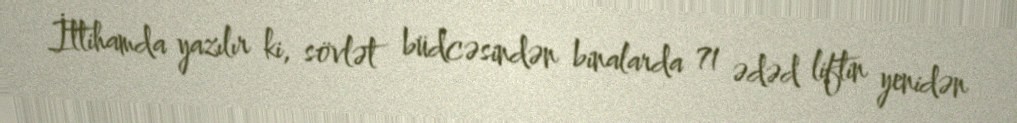
İttihamda yazılır ki, sövlət büdcəsindən binalarda 71 ədəd liftin yenidən